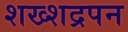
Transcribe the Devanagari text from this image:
शख्शद्रपन